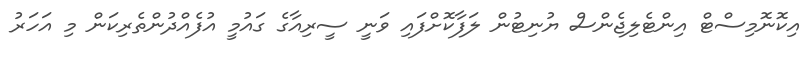
އިކޮނޮމިސްޓް އިންޓެލިޖެންސް ޔުނިޓުން ލަފާކޮށްފައި ވަނީ ސީރިއާގެ ގައުމީ އުފެއްދުންތެރިކަން މި އަހަރު